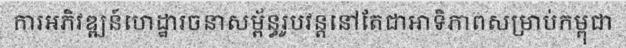
ការអភិវឌ្ឍន៍ហេដ្ឋារចនាសម្ព័ន្ធរូបវន្តនៅតែជាអាទិភាពសម្រាប់កម្ពុជា